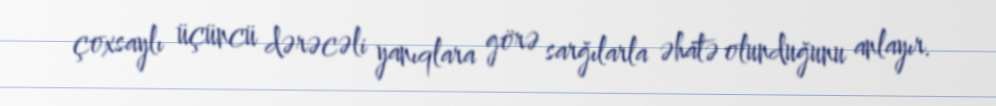
çoxsaylı üçüncü dərəcəli yanıqlara görə sarğılarla əhatə olunduğunu anlayır.